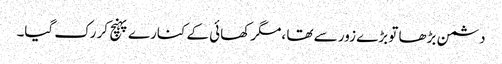
دشمن بڑھا تو بڑے زور سے تھا ،مگر کھائی کے کنارے پہنچ کر رک گیا۔